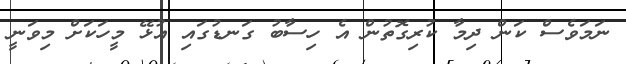
ނަމަވެސް ކަން ދިމާ ކުރިގޮތުން އެ ހިސާބު ގަނޑުގައި އުޅޭ މީހަކަށް މިވަނީ